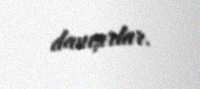
danışırlar.